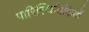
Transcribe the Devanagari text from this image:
पारिस्थितिकियों